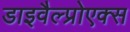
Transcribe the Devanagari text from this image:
डाइवैल्प्रोएक्स